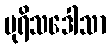
ပုရိသဒေါသာ